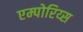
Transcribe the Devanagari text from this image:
एम्पोरिय्स